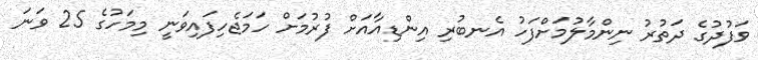
ވަފުދުގެ ދަތުރު ނިންމާލުމަށްފަހު އެނބުރި އިންޑިއާއަށް ފުރުމަށް ހަމަޖެހިފައިވަނީ މިމަހުގެ 25 ވަނަ